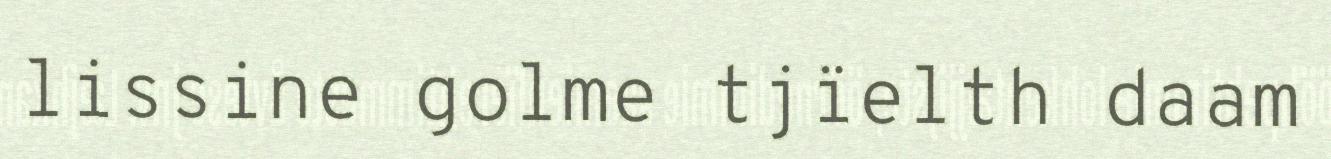
lissine golme tjïelth daam